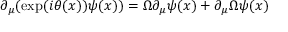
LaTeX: \partial _ { \mu } ( \exp ( i \theta ( x ) ) \psi ( x ) ) = \Omega \partial _ { \mu } \psi ( x ) + \partial _ { \mu } \Omega \psi ( x )